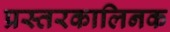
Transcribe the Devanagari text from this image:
प्रस्तरकालिनक